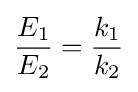
{\frac {E_{1}}{E_{2}}}={\frac {k_{1}}{k_{2}}}